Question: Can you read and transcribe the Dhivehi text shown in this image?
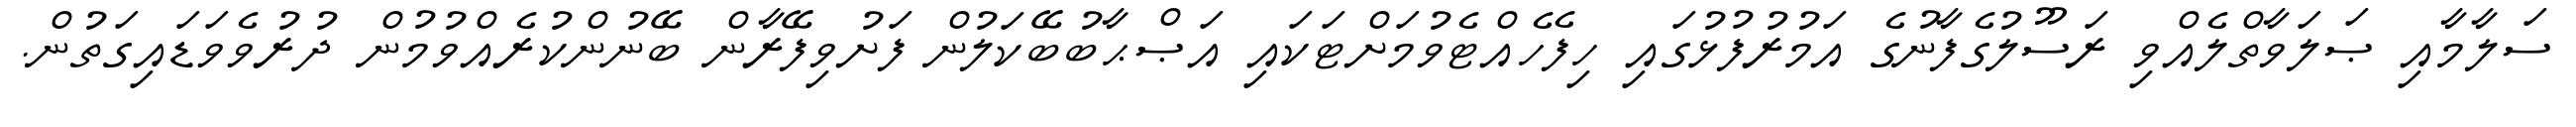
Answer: ސަލާމާއި ޞަލަވާތްލެއްވި ރަސޫލުގެފާނުގެ އަމުރުފުޅުގައި ހިފެހެއްޓެވުމަށްޓަކައި އަޞްޙާބުބޭކަލުން ފަށުވިފޭރާން ބޭނުންކުރެއްވުމުން ދުރުވެވަޑައިގަތުން.